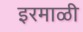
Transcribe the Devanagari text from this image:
इरमाळी